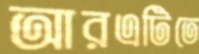
আরএটিতে